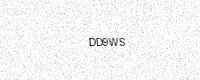
Text: DD9WS